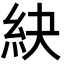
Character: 䊽